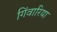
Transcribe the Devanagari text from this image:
गिंवारिया